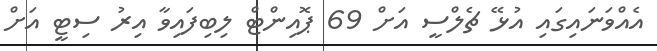
އެއްވަނައިގައި އުޅޭ ޗެލްސީ އަށް 69 ޕޮއިންޓް ލިބިފައިވާ އިރު ސިޓީ އަށް